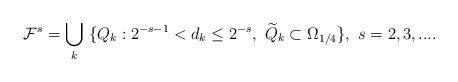
LaTeX: \begin{align*}\mathcal{F}^{s}=\bigcup_{k}\ \{Q_k:2^{-s-1}< d_k\leq 2^{-s},\ \widetilde{Q}_k\subset \Omega_{1/4}\},\ s=2,3,....\end{align*}